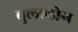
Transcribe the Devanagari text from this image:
बुल्ल्डोग